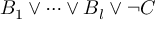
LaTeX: B _ { 1 } \lor \cdots \lor B _ { l } \lor \lnot C